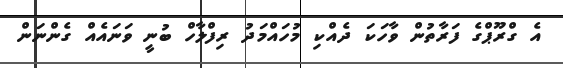
އެ ގްރޫޕްގެ ފަރާތުން ވާހަކަ ދެއްކި މުހައްމަދު ރިފްލާހް ބުނީ ވަނައެއް ގެންނަން